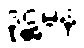
ဒုဋ္ဌမနံ